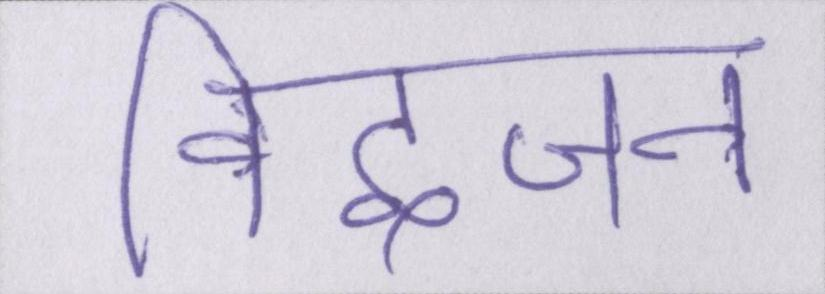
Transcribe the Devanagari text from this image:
विद्वजन